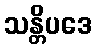
သန္တိပဒေ